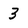
Character: 3